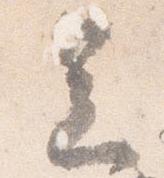
足